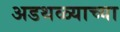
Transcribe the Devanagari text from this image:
अडथळ्याच्या